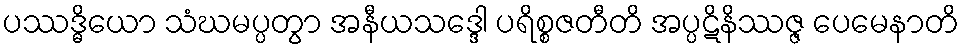
ပဿဒ္ဓိယော သံဃမပ္ပတွာ အနီယသဒ္ဒေါ ပရိစ္စဇတီတိ အပ္ပဋိနိဿဇ္ဇ ပေမေနာတိ